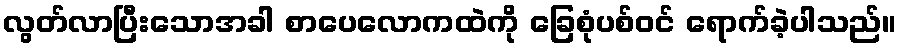
လွတ်လာပြီးသောအခါ စာပေလောကထဲကို ခြေစုံပစ်ဝင် ရောက်ခဲ့ပါသည်။